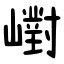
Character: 㠚